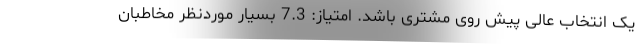
یک انتخاب عالی پیش روی مشتری باشد. امتیاز: 7.3 بسیار موردنظر مخاطبان